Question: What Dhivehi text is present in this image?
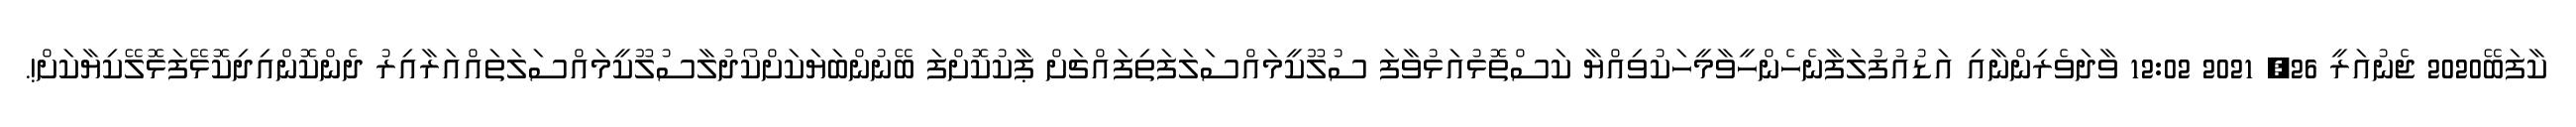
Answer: ކާފަބޭ2020 ޖެނުއަރީ 26, 2021 12:02 ވާދަވެރިންނާއި އަޑުއުފުލަފާނެހެންހީވާމީހަކުވިއްޔާ ކަސްތޮޅުއަޅުވާފަ ސުލޫކީމައްސަލަފަތިފައްޗަށް ޕާކުކޮށްފަ ބޭނުންބަޔަކަށްކޯދުލާސުލޫކީމައްސަލަތައްއަރާއިރު ދެންކޮންއިދިކޮޅޭފަޅޮލޭކިޔާކަށް!.